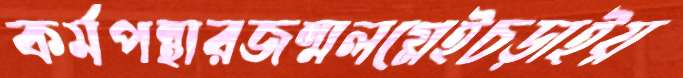
কর্মপন্থারজন্মলগ্নেইচড়াইয়